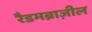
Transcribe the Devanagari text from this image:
रैडमब्राज़ील